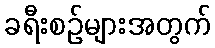
ခရီးစဉ်များအတွက်